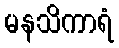
မနသိကာရံ